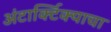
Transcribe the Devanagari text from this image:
अंटार्क्टिक्याचा